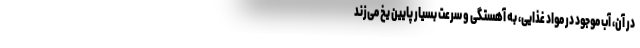
در آن، آبِ موجود در مواد غذایی، به آهستگی و سرعت بسیار پایین یخ می‌زند